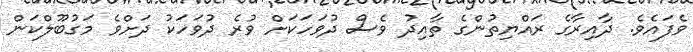
ވެފައެވެ. ދާއިރާގެ ރައްޔިތުންގެ ތާއިދު ވެސް ދުވަހަކަށް ވުރެ ދުވަހަކު ދަށްވެ މަގުބޫލްކަން